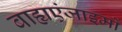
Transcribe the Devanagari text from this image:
बाह्यएंजाइमों